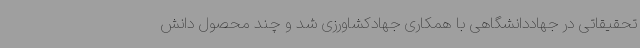
تحقیقاتی در جهاددانشگاهی با همکاری جهادکشاورزی شد و چند محصول دانش